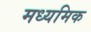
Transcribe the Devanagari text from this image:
मध्यमिक